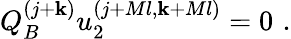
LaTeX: Q_{B}^{(j+\mathbf{k})}u_{2}^{(j+Ml,\mathbf{k}+Ml)}=0\, \, .